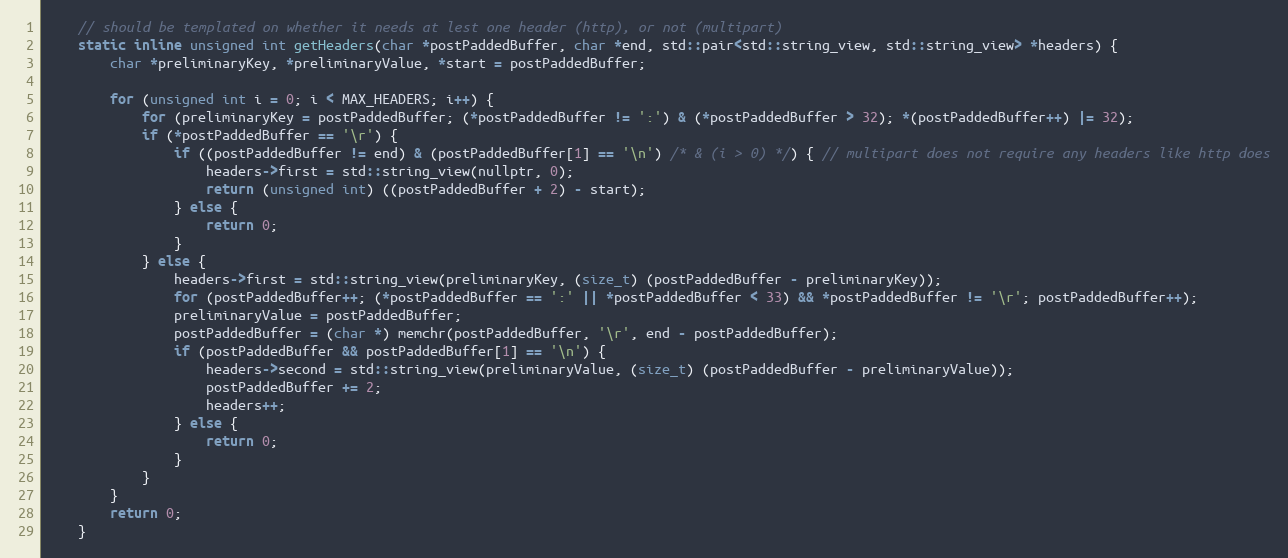
Language: C
    // should be templated on whether it needs at lest one header (http), or not (multipart)
    static inline unsigned int getHeaders(char *postPaddedBuffer, char *end, std::pair<std::string_view, std::string_view> *headers) {
        char *preliminaryKey, *preliminaryValue, *start = postPaddedBuffer;

        for (unsigned int i = 0; i < MAX_HEADERS; i++) {
            for (preliminaryKey = postPaddedBuffer; (*postPaddedBuffer != ':') & (*postPaddedBuffer > 32); *(postPaddedBuffer++) |= 32);
            if (*postPaddedBuffer == '\r') {
                if ((postPaddedBuffer != end) & (postPaddedBuffer[1] == '\n') /* & (i > 0) */) { // multipart does not require any headers like http does
                    headers->first = std::string_view(nullptr, 0);
                    return (unsigned int) ((postPaddedBuffer + 2) - start);
                } else {
                    return 0;
                }
            } else {
                headers->first = std::string_view(preliminaryKey, (size_t) (postPaddedBuffer - preliminaryKey));
                for (postPaddedBuffer++; (*postPaddedBuffer == ':' || *postPaddedBuffer < 33) && *postPaddedBuffer != '\r'; postPaddedBuffer++);
                preliminaryValue = postPaddedBuffer;
                postPaddedBuffer = (char *) memchr(postPaddedBuffer, '\r', end - postPaddedBuffer);
                if (postPaddedBuffer && postPaddedBuffer[1] == '\n') {
                    headers->second = std::string_view(preliminaryValue, (size_t) (postPaddedBuffer - preliminaryValue));
                    postPaddedBuffer += 2;
                    headers++;
                } else {
                    return 0;
                }
            }
        }
        return 0;
    }